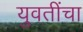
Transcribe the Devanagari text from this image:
युवतींचा